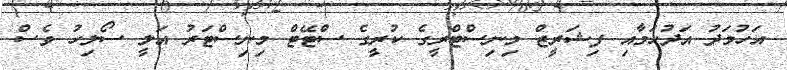
އަހުމަދު އަދުހަމާއި ފިޝަރީޒް މިނިސްޓްރީގެ ކުރީގެ ސްޓޭޓް މިނިސްޓަރު އަލީ ސޯލިހު ވެސް